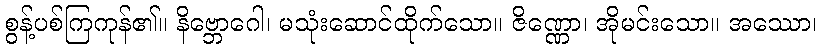
စွန့်ပစ်ကြကုန်၏။ နိဗ္ဘောဂေါ၊ မသုံးဆောင်ထိုက်သော။ ဇိဏ္ဏော၊ အိုမင်းသော။ အဿော၊